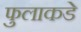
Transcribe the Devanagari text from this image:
फुलाकडे